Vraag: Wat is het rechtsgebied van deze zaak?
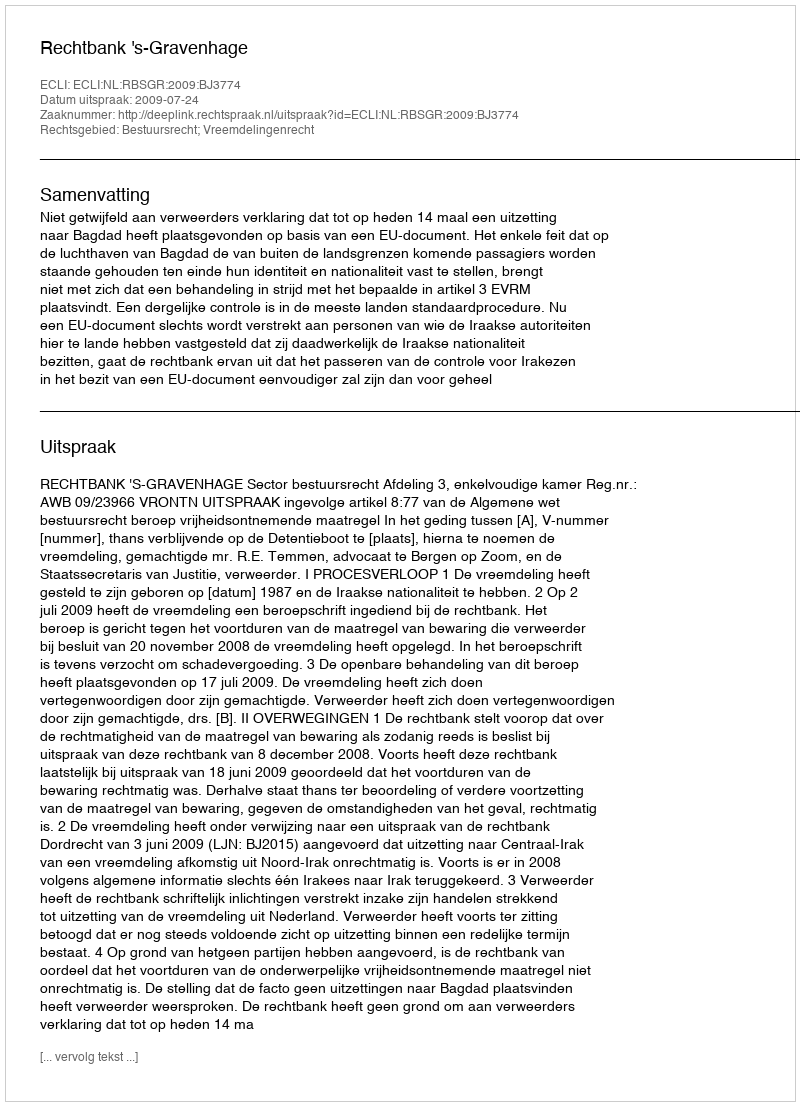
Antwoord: Bestuursrecht; Vreemdelingenrecht